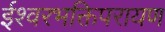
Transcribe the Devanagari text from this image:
ईश्वरभक्तिपरायण